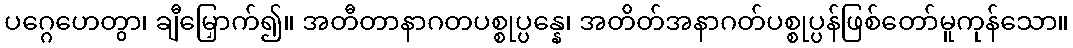
ပဂ္ဂေဟေတွာ၊ ချီမြှောက်၍။ အတီတာနာဂတပစ္စုပ္ပန္နေ၊ အတိတ်အနာဂတ်ပစ္စုပ္ပန်ဖြစ်တော်မူကုန်သော။